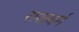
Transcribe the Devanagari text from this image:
राजवर्ग